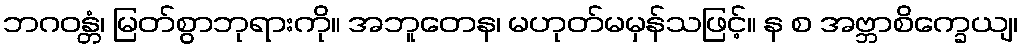
ဘဂဝန္တံ၊ မြတ်စွာဘုရားကို။ အဘူတေန၊ မဟုတ်မမှန်သဖြင့်။ န စ အဗ္ဘာစိက္ခေယျ၊